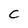
Character: C